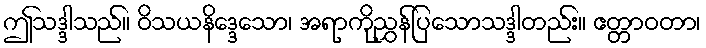
ဤသဒ္ဒါသည်။ ဝိသယနိဒ္ဒေသော၊ အရာကိုညွှန်ပြသောသဒ္ဒါတည်း။ ဧတ္တာဝတာ၊